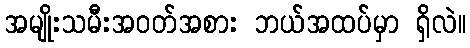
အမျိုးသမီးအဝတ်အစား ဘယ်အထပ်မှာ ရှိလဲ။